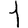
Digit: 1